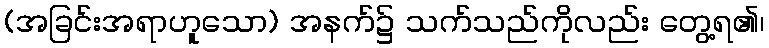
(အခြင်းအရာဟူသော) အနက်၌ သက်သည်ကိုလည်း တွေ့ရ၏၊